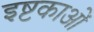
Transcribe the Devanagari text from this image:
इष्टकाओं